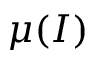
\mu ( I )